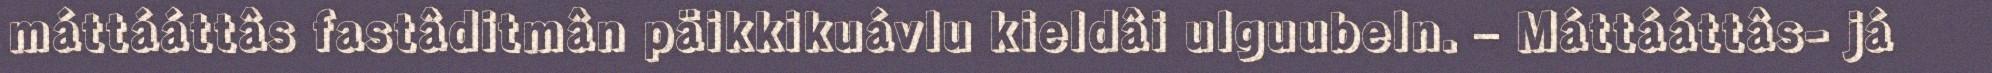
máttááttâs fastâditmân päikkikuávlu kieldâi ulguubeln. – Máttááttâs- já